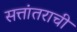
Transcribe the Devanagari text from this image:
सत्तांतराची